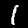
Digit: 1